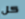
كل